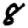
Digit: 8